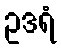
ဥဒရံ